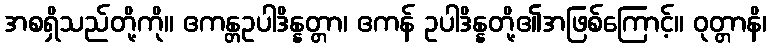
အစရှိသည်တို့ကို။ ဧကန္တဥပါဒိန္နတ္တာ၊ ဧကန် ဥပါဒိန္နတို့၏အဖြစ်ကြောင့်။ ဝုတ္တာနိ၊